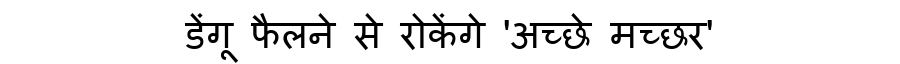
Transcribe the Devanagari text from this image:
डेंगू फैलने से रोकेंगे 'अच्छे मच्छर'